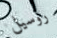
روسيل